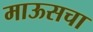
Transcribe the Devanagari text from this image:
माऊसचा